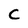
Character: C